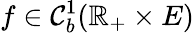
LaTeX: f\in\mathcal{C}_{b}^{1}(\mathbb{R}_{+}\times E)